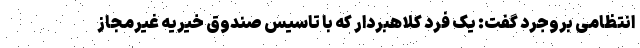
انتظامی بروجرد گفت: یک فرد کلاهبردار که با تاسیس صندوق خیریه غیرمجاز